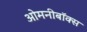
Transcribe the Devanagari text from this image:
ओमनीबॉक्स